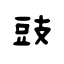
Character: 豉